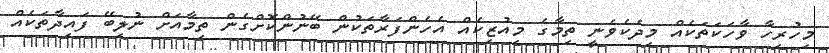
މިހުރިހާ ވާހަކަތަކެއް މިދެކެވެނީ ތިމާގެ މިއުޒިކެއް އެހެންފަރާތަކުން ބޭނުންކޮށްގެން ތިމާއަށް ނުލިބޭ ފައިދާތަކެއް